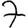
Digit: 7